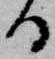
る